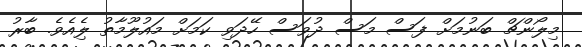
މިލޯންޗް ބަނުމަށް ފަސް މަސް ދުވަސް ހޭދަވި ކަމަށް މައުލޫމާތު ލިެއެވެ. ބާރު